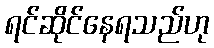
ရင်ဆိုင်နေရသည်ဟု